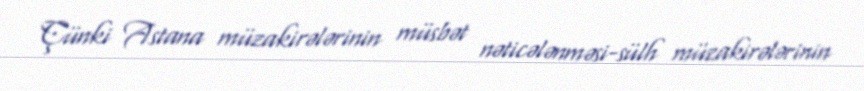
Çünki Astana müzakirələrinin müsbət nəticələnməsi-sülh müzakirələrinin